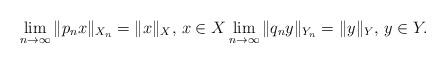
LaTeX: \begin{align*}\lim_{n \to \infty} \|p_n x\|_{X_n}=\|x\|_X, \, x \in X \lim_{n \to \infty} \|q_n y\|_{Y_n}=\|y\|_Y, \, y \in Y.\end{align*}